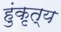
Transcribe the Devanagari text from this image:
हुंकृत्य